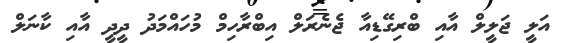
އަލީ ޖަލީލް އާއި ބްރިގޭޑިއާ ޖެނެރަލް އިބްރާހިމް މުހައްމަދު ދީދީ އާއި ކާނަލް